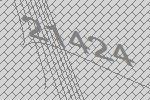
21424